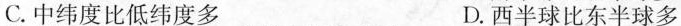
C.中纬度比低纬度多 D.西半球比东半球多